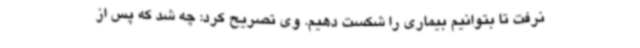
نرفت تا بتوانیم بیماری را شکست دهیم. وی تصریح کرد: چه شد که پس از